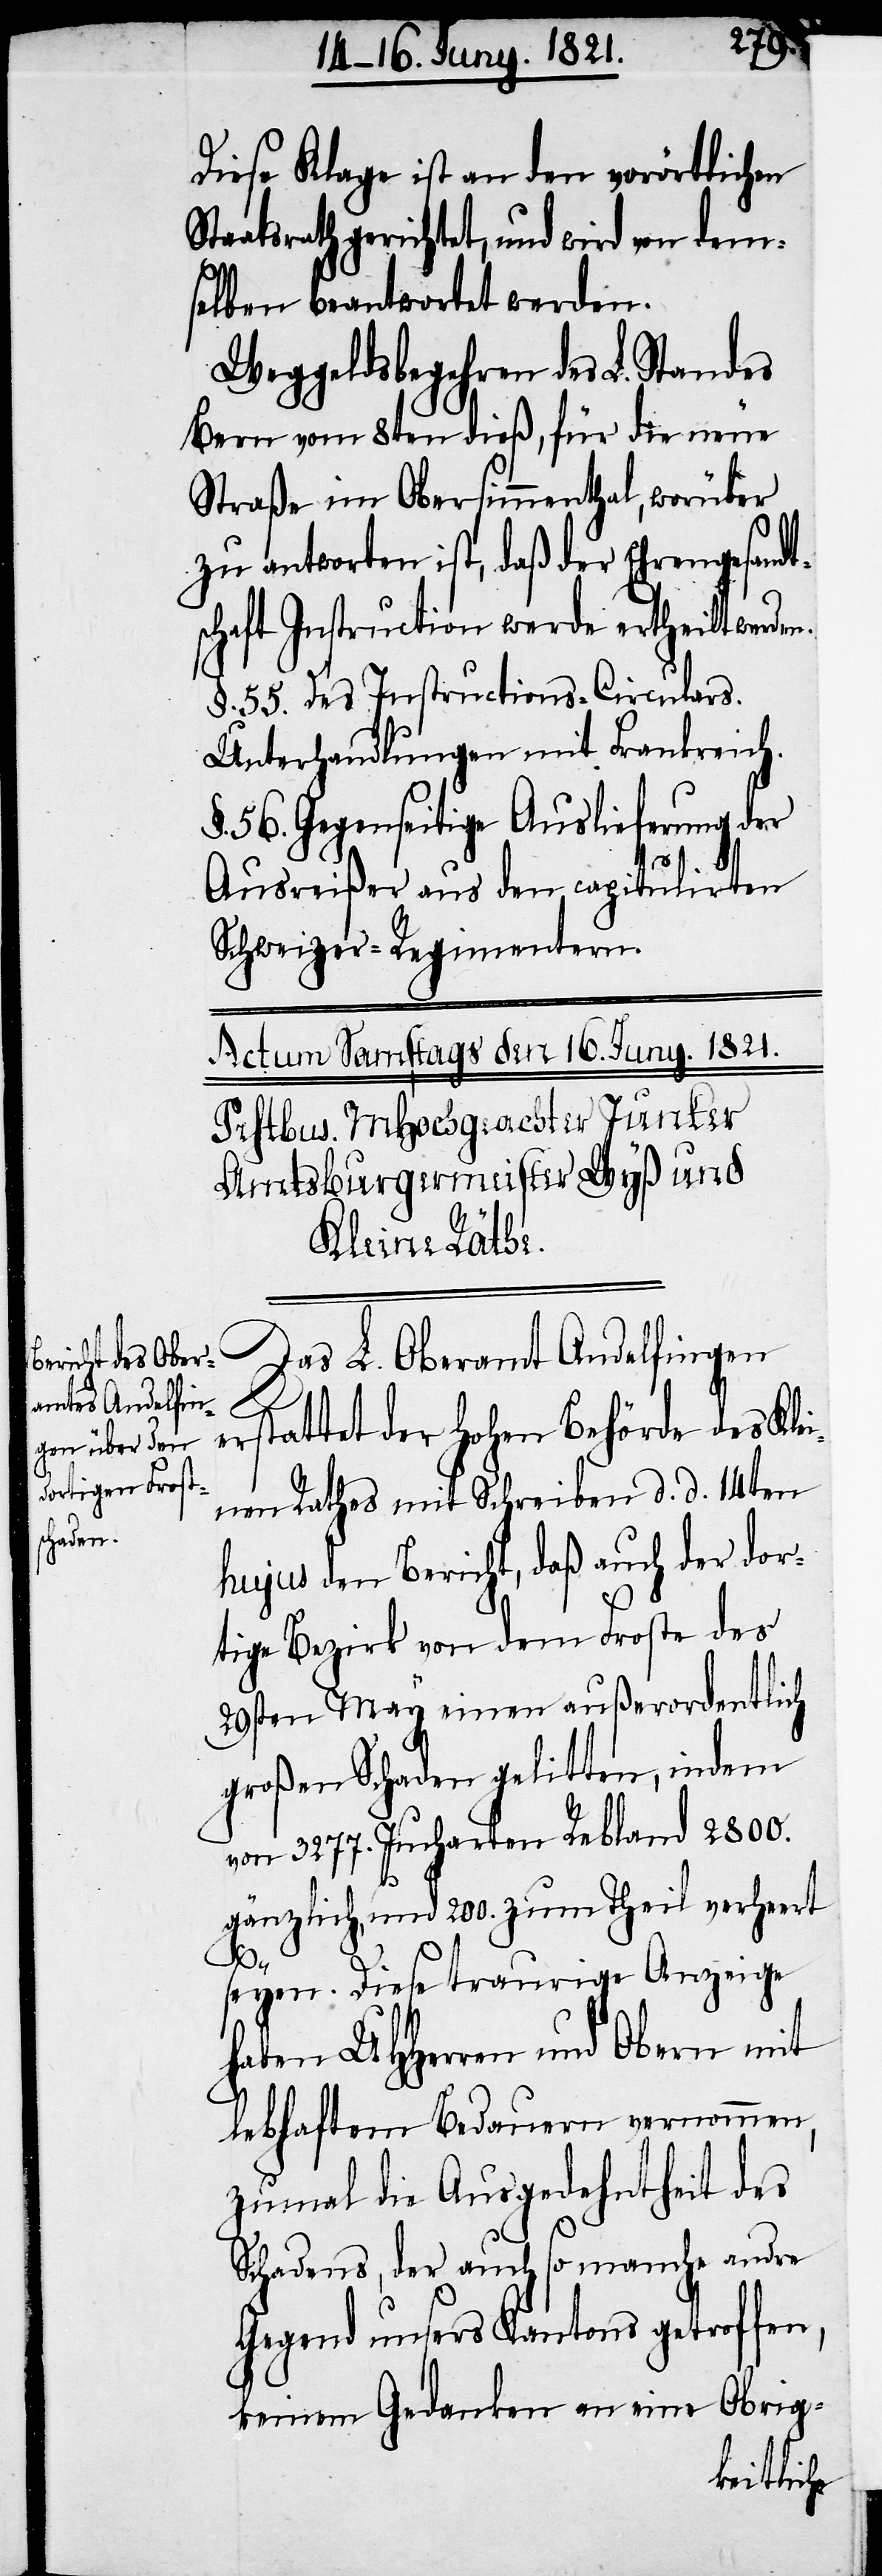
Diese Klage ist an den vorörtlichen
taatsrath gerichtet, und wird von dem¬
selben beantwortet werden.
Weggeldsbegehren des L. Standes
Bern vom 8ten dieß, für die neue
Straße im Obersimmenthal, worüber
zu antworten ist, daß der Ehrengesandt¬
schaft Instruction werde ertheilt werde¬
§. 55. Des Instructions-Circulars.
Unterhandlungen mit Frankreich.
§. 56. Gegenseitige Auslieferung der
Ausreißer aus den capitulirten
Schweizer-Regimentern.
Das L. Oberamt Andelfingen
n.
erstattet der hohen Behörde des Klei¬
nen Rathes mit Schreiben d. d. 14ten
hujus den Bericht, daß auch der dor¬
tige Bezirk von dem Froste des
29sten May einen außerordentlich
großen Schaden gelitten, indem
von 3277. Jucharten Rebland 2800.
gänzlich, und 200. zum Theil verheert
seyen. Diese traurige Anzeige
haben UHHerren und Obern mit
lebhaftem Bedauern vernommen,
zumal die Ausgedehntheit des
Schadens, der auch so manche andre
Gegend unsers Kantons getroffen,
keinem Gedanken an eine Obrig-